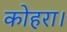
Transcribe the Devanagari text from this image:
कोहरा।